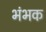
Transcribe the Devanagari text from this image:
भंभक